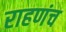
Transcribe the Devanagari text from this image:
राहणंच